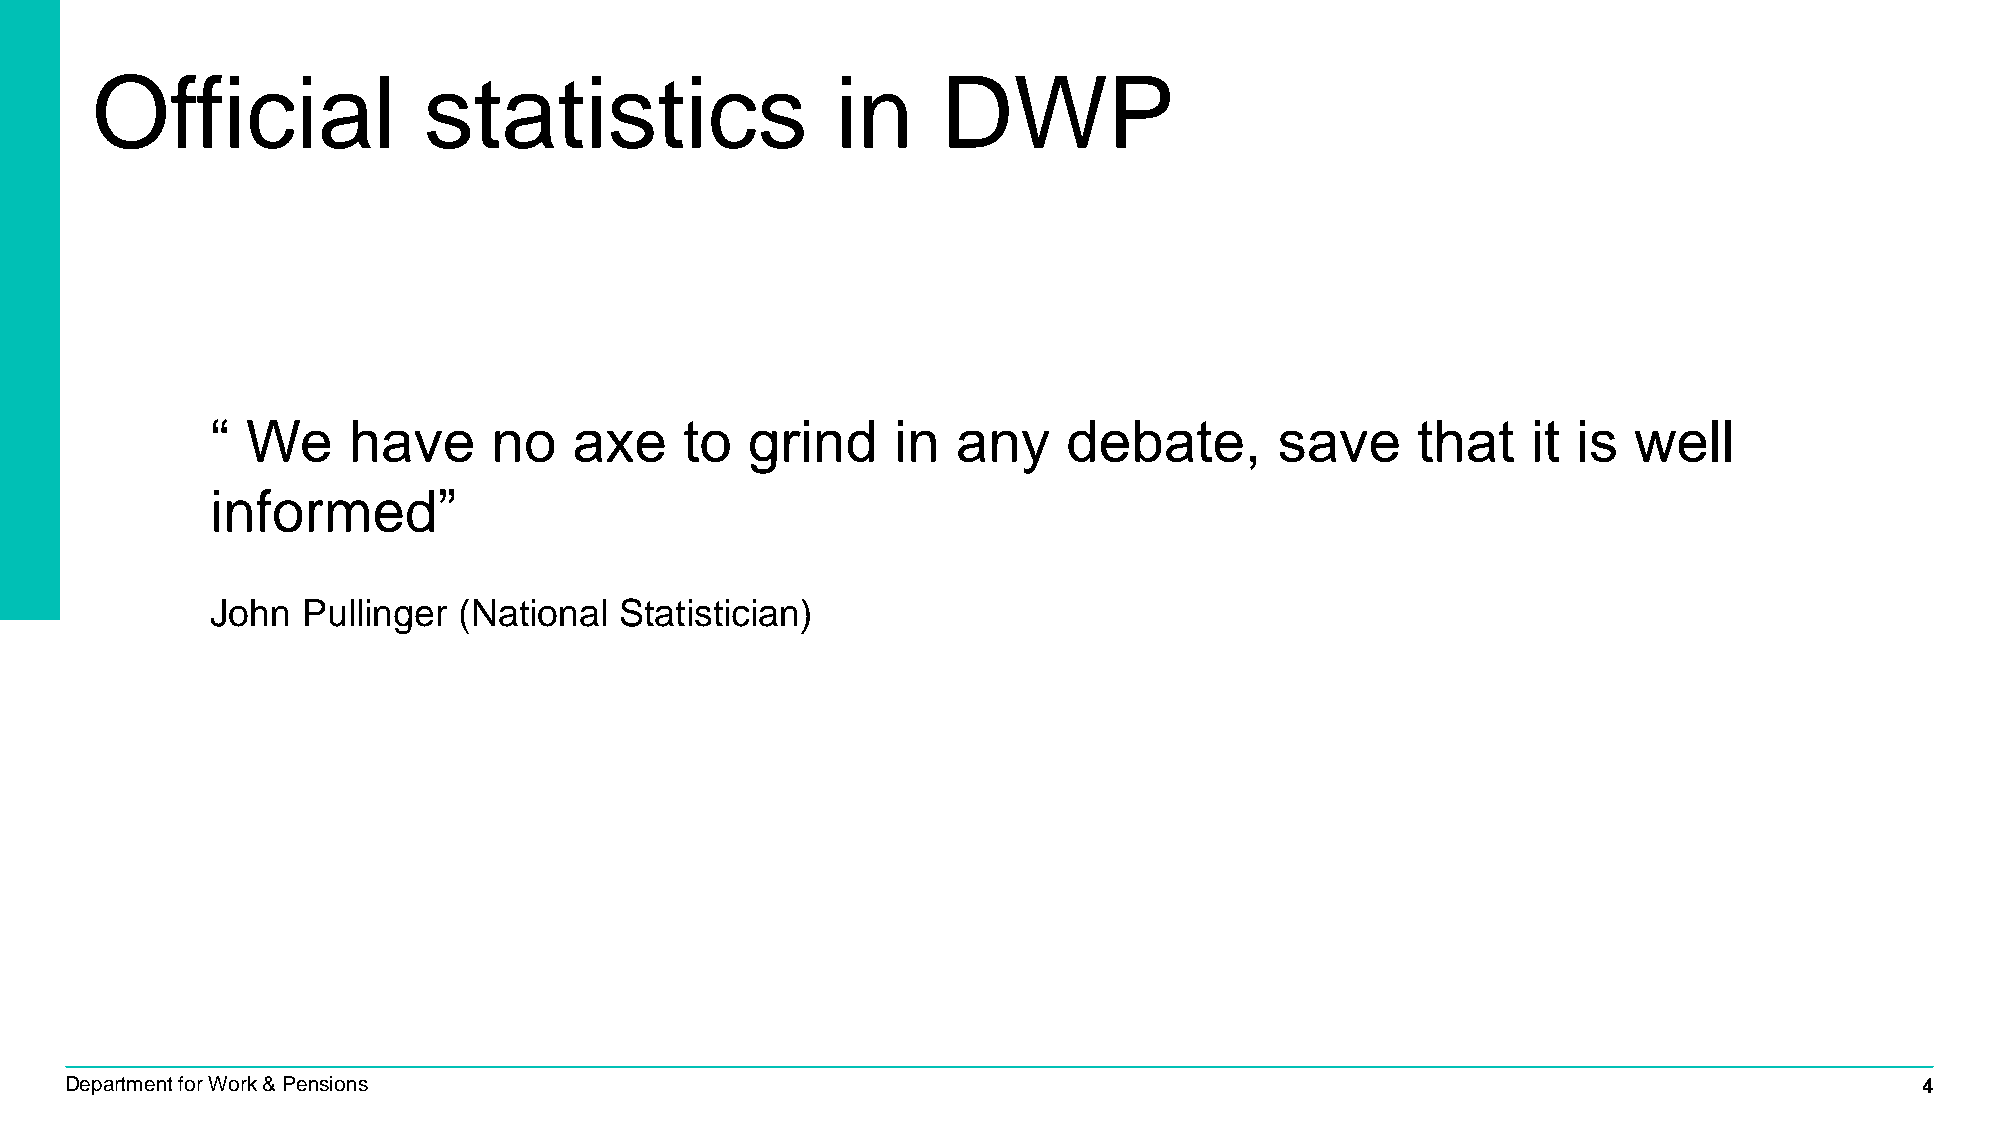
Official              statistics                 in     DWP
 “ We     have      no   axe    to   grind    in  any     debate,       save     that   it is  well
 informed”
 John  Pullinger (National  Statistician)
 Department for Work & Pensions                                                                                             4